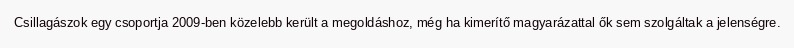
Csillagászok egy csoportja 2009-ben közelebb került a megoldáshoz, még ha kimerítő magyarázattal ők sem szolgáltak a jelenségre.